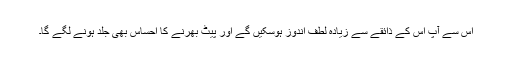
اس سے آپ اس کے ذائقے سے زیادہ لطف اندوز ہوسکیں گے اور پیٹ بھرنے کا احساس بھی جلد ہونے لگے گا۔